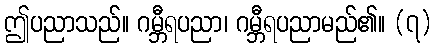
ဤပညာသည်။ ဂမ္ဘီရပညာ၊ ဂမ္ဘီရပညာမည်၏။ (၇)